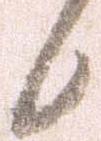
候